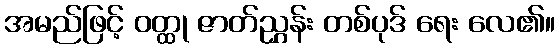
အမည်ဖြင့် ဝတ္ထု ဇာတ်ညွှန်း တစ်ပုဒ် ရေး လေ၏။